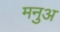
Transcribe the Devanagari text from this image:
मनुअ